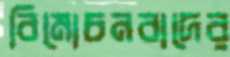
বিমোচনবাদের